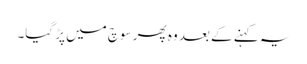
یہ کہنے کے بعد وہ پھر سوچ میں پڑ گیا۔